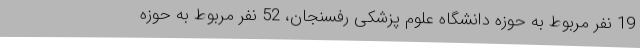
19 نفر مربوط به حوزه دانشگاه علوم پزشکی رفسنجان، 52 نفر مربوط به حوزه